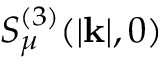
S _ { \mu } ^ { ( 3 ) } ( | \mathbf { k } | , 0 )